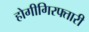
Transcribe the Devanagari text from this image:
होगीगिरफ्तारी